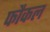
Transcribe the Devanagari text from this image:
फौकल